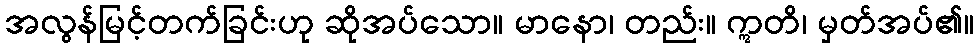
အလွန်မြင့်တက်ခြင်းဟု ဆိုအပ်သော။ မာနော၊ တည်း။ ဣတိ၊ မှတ်အပ်၏။